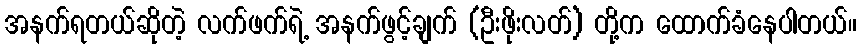
အနက်ရတယ်ဆိုတဲ့ လက်ဖက်ရဲ့ အနက်ဖွင့်ချက် (ဦးဖိုးလတ်) တို့က ထောက်ခံနေပါတယ်။